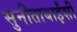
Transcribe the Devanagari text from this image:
सुनीताबाईंशी